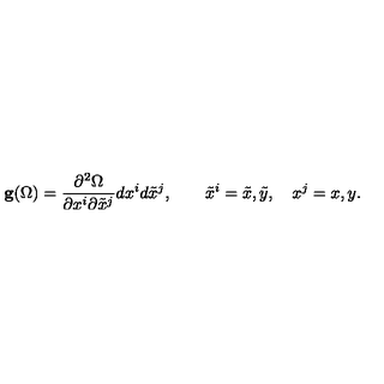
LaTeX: { \bf g } ( \Omega ) = { \frac { \partial ^ { 2 } \Omega } { \partial x ^ { i } \partial { \tilde { x } ^ { j } } } } d x ^ { i } d { \tilde { x } } ^ { j } , \quad \quad { \tilde { x } } ^ { i } = { \tilde { x } } , { \tilde { y } } , \quad x ^ { j } = x , y .